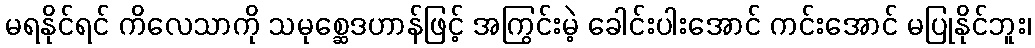
မရနိုင်ရင် ကိလေသာကို သမုစ္ဆေဒဟာန်ဖြင့် အကြွင်းမဲ့ ခေါင်းပါးအောင် ကင်းအောင် မပြုနိုင်ဘူး၊